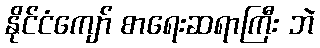
နိုင်ငံကျော် စာရေးဆရာကြီး ဘဲ